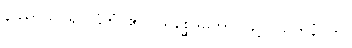
နိဿာယ၊ ၍။ ဌိတံ၊ ၏။ ပရိစ္ဆေဒတော၊ ဖြင့်။ ယကနံ၊ ကို။